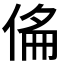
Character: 𠊇